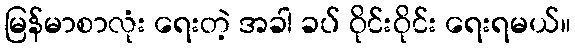
မြန်မာစာလုံး ရေးတဲ့ အခါ ခပ် ဝိုင်းဝိုင်း ရေးရမယ်။